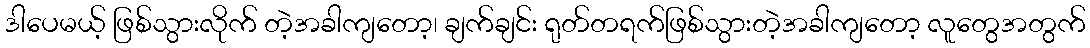
ဒါပေမယ့် ဖြစ်သွားလိုက် တဲ့အခါကျတော့၊ ချက်ချင်း ရုတ်တရက်ဖြစ်သွားတဲ့အခါကျတော့ လူတွေအတွက်